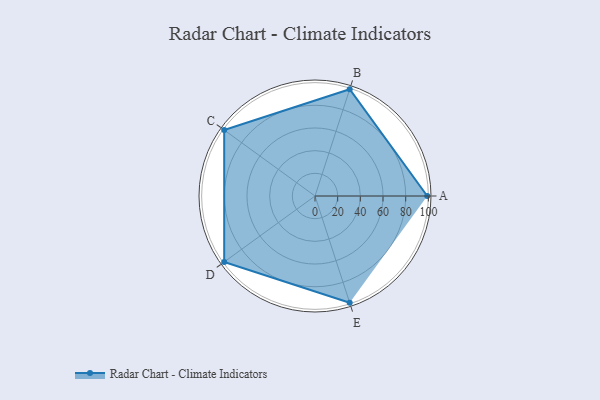
{"axis": {"x": "Skill", "y": "Score"}, "legend": ["Profile"], "data": [{"x": "A", "y": 99, "type": "Profile"}, {"x": "B", "y": 99, "type": "Profile"}, {"x": "C", "y": 99, "type": "Profile"}, {"x": "D", "y": 99, "type": "Profile"}, {"x": "E", "y": 99, "type": "Profile"}]}